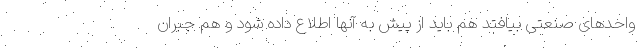
واحدهای صنعتی بیافتد هم باید از پیش به آنها اطلاع داده شود و هم جبران